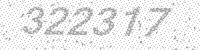
Solution: 322317